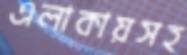
এলাকায়সহ